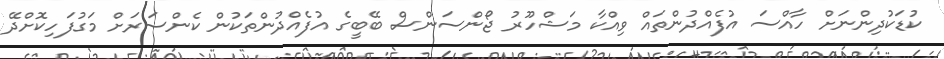
ކުޑަކުދިންނަށް ހާއްސަ އުފެއްދުންތައް ވިއްކާ މަޝްހޫރު ޖޯންސަންސް ބޭބީގެ އުފެއްދުންތަކުން ކެންސަރަށް މަގުފަހިކޮށްދޭ